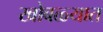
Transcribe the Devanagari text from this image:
खोबळ्यात